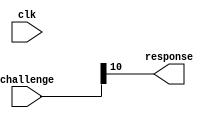
`timescale 1ns / 1ps
//////////////////////////////////////////////////////////////////////////////////
// Company: 
// Engineer: 
// 
// Design Name: 
// Module Name:    PUF_dummy 
// Project Name: 
// Target Devices: 
// Tool versions: 
// Description: 
//
// Dependencies: 
//
// Revision: 
// Revision 0.01 - File Created
// Additional Comments: 
//
//////////////////////////////////////////////////////////////////////////////////
module PUF_dummy #(parameter N_CB = 64)(
    input wire clk,
    input wire [N_CB-1:0] challenge,
    output wire response
    );

assign response = challenge[10];

endmodule